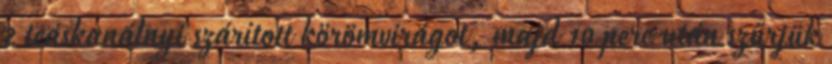
2 teáskanálnyi szárított körömvirágot, majd 10 perc után szűrjük